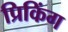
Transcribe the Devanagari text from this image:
प्रिकिंग